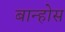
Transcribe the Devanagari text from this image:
बान्होस